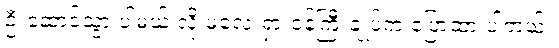
ဦးဆောင်သွားပါမယ် လို့ မလေးရှားဝန်ကြီးချုပ်က ပြောထားပါတယ်။